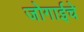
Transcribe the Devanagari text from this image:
जोगाईचे